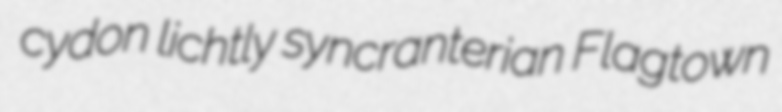
cydon lichtly syncranterian Flagtown